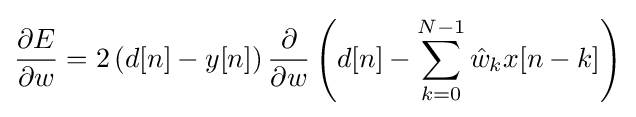
{\frac {\partial E}{\partial w}}=2\left(d[n]-y[n]\right){\frac {\partial }{\partial w}}\left(d[n]-\sum _{k=0}^{N-1}{\hat {w}}_{k}x[n-k]\right)